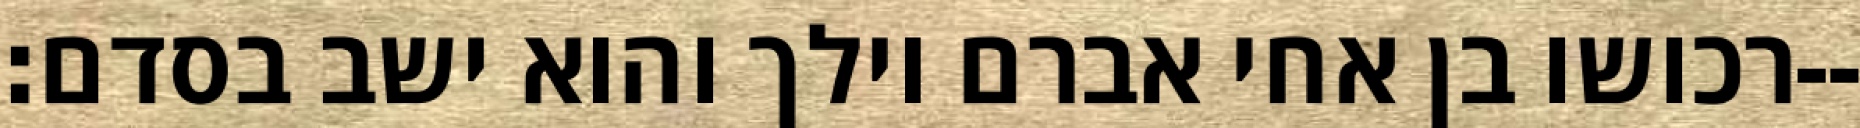
רכושו בן אחי אברם וילך והוא ישב בסדם׃--